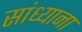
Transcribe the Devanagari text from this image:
सांध्याना